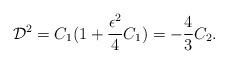
LaTeX: \begin{align*}{\cal D}^{2} = C_1 (1 + \frac{\epsilon^{2}}{4} C_1) = - \frac{4}{3} C_2 .\end{align*}